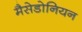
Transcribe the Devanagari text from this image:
मैसेडोनियन